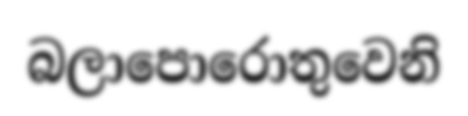
බලාපොරොතුවෙනි